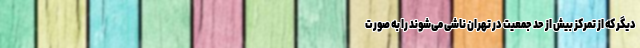
ديگر كه از تمرکز بیش از حد جمعیت در تهران ناشی می‌شوند را به صورت